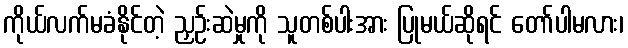
ကိုယ်လက်မခံနိုင်တဲ့ ညှဉ်းဆဲမှုကို သူတစ်ပါးအား ပြုမယ်ဆိုရင် တော်ပါမလား၊